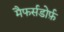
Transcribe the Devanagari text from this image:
मैफर्सडोर्फ़